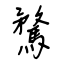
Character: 騖